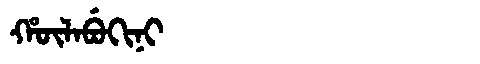
Manchu: ᡥᡡᠯᠠᠪᡠᡴᡳᠨᡳ
Romanization: HŪLABUKINI